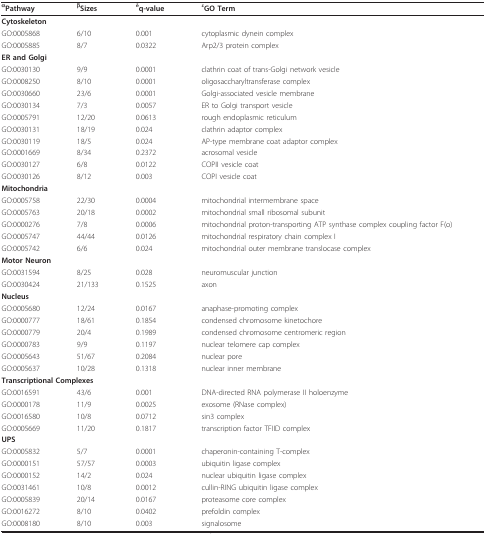
<table><thead><tr><td><b><sup>α</sup>Pathway</b></td><td><b><sup>β</sup>Sizes</b></td><td><b><sup>δ</sup>q-value</b></td><td><b><sup>ε</sup>GO Term</b></td></tr></thead><tbody><tr><td colspan="4"><b>Cytoskeleton</b></td></tr><tr><td>GO:0005868</td><td>6/10</td><td>0.001</td><td>cytoplasmic dynein complex</td></tr><tr><td>GO:0005885</td><td>8/7</td><td>0.0322</td><td>Arp2/3 protein complex</td></tr><tr><td colspan="4"><b>ER and Golgi</b></td></tr><tr><td>GO:0030130</td><td>9/9</td><td>0.0001</td><td>clathrin coat of trans-Golgi network vesicle</td></tr><tr><td>GO:0008250</td><td>8/10</td><td>0.0001</td><td>oligosaccharyltransferase complex</td></tr><tr><td>GO:0030660</td><td>23/6</td><td>0.0001</td><td>Golgi-associated vesicle membrane</td></tr><tr><td>GO:0030134</td><td>7/3</td><td>0.0057</td><td>ER to Golgi transport vesicle</td></tr><tr><td>GO:0005791</td><td>12/20</td><td>0.0613</td><td>rough endoplasmic reticulum</td></tr><tr><td>GO:0030131</td><td>18/19</td><td>0.024</td><td>clathrin adaptor complex</td></tr><tr><td>GO:0030119</td><td>18/5</td><td>0.024</td><td>AP-type membrane coat adaptor complex</td></tr><tr><td>GO:0001669</td><td>8/34</td><td>0.2372</td><td>acrosomal vesicle</td></tr><tr><td>GO:0030127</td><td>6/8</td><td>0.0122</td><td>COPII vesicle coat</td></tr><tr><td>GO:0030126</td><td>8/12</td><td>0.003</td><td>COPI vesicle coat</td></tr><tr><td colspan="4"><b>Mitochondria</b></td></tr><tr><td>GO:0005758</td><td>22/30</td><td>0.0004</td><td>mitochondrial intermembrane space</td></tr><tr><td>GO:0005763</td><td>20/18</td><td>0.0002</td><td>mitochondrial small ribosomal subunit</td></tr><tr><td>GO:0000276</td><td>7/8</td><td>0.0006</td><td>mitochondrial proton-transporting ATP synthase complex coupling factor F(o)</td></tr><tr><td>GO:0005747</td><td>44/44</td><td>0.0126</td><td>mitochondrial respiratory chain complex I</td></tr><tr><td>GO:0005742</td><td>6/6</td><td>0.024</td><td>mitochondrial outer membrane translocase complex</td></tr><tr><td colspan="4"><b>Motor Neuron</b></td></tr><tr><td>GO:0031594</td><td>8/25</td><td>0.028</td><td>neuromuscular junction</td></tr><tr><td>GO:0030424</td><td>21/133</td><td>0.1525</td><td>axon</td></tr><tr><td colspan="4"><b>Nucleus</b></td></tr><tr><td>GO:0005680</td><td>12/24</td><td>0.0167</td><td>anaphase-promoting complex</td></tr><tr><td>GO:0000777</td><td>18/61</td><td>0.1854</td><td>condensed chromosome kinetochore</td></tr><tr><td>GO:0000779</td><td>20/4</td><td>0.1989</td><td>condensed chromosome centromeric region</td></tr><tr><td>GO:0000783</td><td>9/9</td><td>0.1197</td><td>nuclear telomere cap complex</td></tr><tr><td>GO:0005643</td><td>51/67</td><td>0.2084</td><td>nuclear pore</td></tr><tr><td>GO:0005637</td><td>10/28</td><td>0.1318</td><td>nuclear inner membrane</td></tr><tr><td colspan="3"><b>Transcriptional Complexes</b></td><td></td></tr><tr><td>GO:0016591</td><td>43/6</td><td>0.001</td><td>DNA-directed RNA polymerase II holoenzyme</td></tr><tr><td>GO:0000178</td><td>11/9</td><td>0.0025</td><td>exosome (RNase complex)</td></tr><tr><td>GO:0016580</td><td>10/8</td><td>0.0712</td><td>sin3 complex</td></tr><tr><td>GO:0005669</td><td>11/20</td><td>0.1817</td><td>transcription factor TFIID complex</td></tr><tr><td colspan="4"><b>UPS</b></td></tr><tr><td>GO:0005832</td><td>5/7</td><td>0.0001</td><td>chaperonin-containing T-complex</td></tr><tr><td>GO:0000151</td><td>57/57</td><td>0.0003</td><td>ubiquitin ligase complex</td></tr><tr><td>GO:0000152</td><td>14/2</td><td>0.024</td><td>nuclear ubiquitin ligase complex</td></tr><tr><td>GO:0031461</td><td>10/8</td><td>0.0012</td><td>cullin-RING ubiquitin ligase complex</td></tr><tr><td>GO:0005839</td><td>20/14</td><td>0.0167</td><td>proteasome core complex</td></tr><tr><td>GO:0016272</td><td>8/10</td><td>0.0402</td><td>prefoldin complex</td></tr><tr><td>GO:0008180</td><td>8/10</td><td>0.003</td><td>signalosome</td></tr></tbody></table>